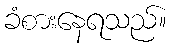
ခံစားနေရသည်။